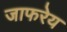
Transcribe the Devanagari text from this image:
जाफरेय